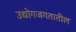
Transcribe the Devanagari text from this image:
उद्योगजगतातील